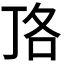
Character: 𭇏